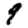
Digit: 9